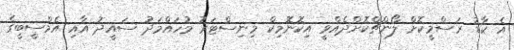
އެ ކާޑު ރަސްމީކޮށް ލޯންޗްކޮށްދެއްވީ އިކޮނޮމިކް މިނިސްޓަރު މުހައްމަދު ސައީދު އާއި އެމްސީބީގެ